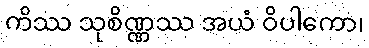
ကိဿ သုစိဏ္ဏဿ အယံ ဝိပါကော၊